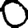
Digit: 0